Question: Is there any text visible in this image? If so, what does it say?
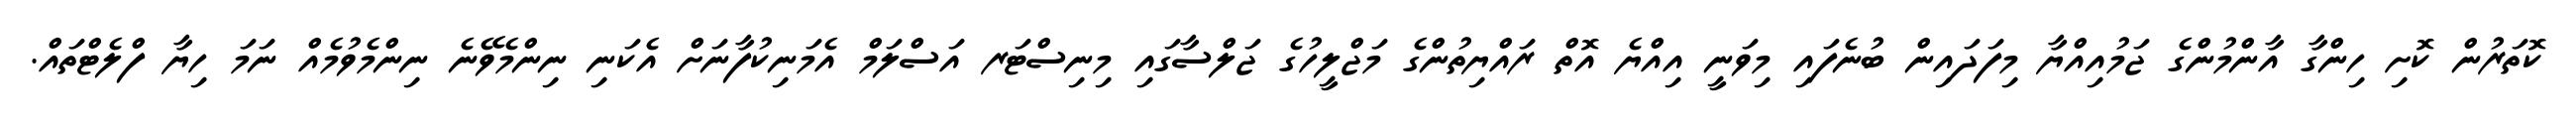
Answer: ކޮތަރުން ކޮށި ހިންގާ އާންމުންގެ ޖަމުއިއްޔާ މިފަދައިން ބުނެފައި މިވަނީ އިއްޔެ އޮތް ރައްޔިތުންގެ މަޖްލީހުގެ ޖަލްސާގައި މިނިސްޓަރ އަސްލަމް އެމަނިކުފާނަށް އެކަނި ނިންމެވޭނެ ނިންމެވުމެއް ނަމަ ހިޔާ ފްލެޓްތައް.